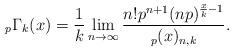
LaTeX: \begin{align*} _{p}\Gamma_{k}(x)=\frac{1}{k}\lim_{n\rightarrow \infty} \dfrac{n!p^{n+1}(np)^{\frac{x}{k}-1}}{_{p}(x)_{n,k}}.\end{align*}